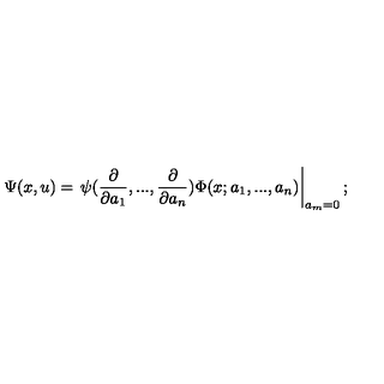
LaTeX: \Psi ( x , u ) = \left. \psi ( \frac { \partial } { \partial a _ { 1 } } , . . . , \frac { \partial } { \partial a _ { n } } ) \Phi ( x ; a _ { 1 } , . . . , a _ { n } ) \right| _ { a _ { m } = 0 } ;